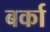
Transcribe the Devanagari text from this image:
बर्का